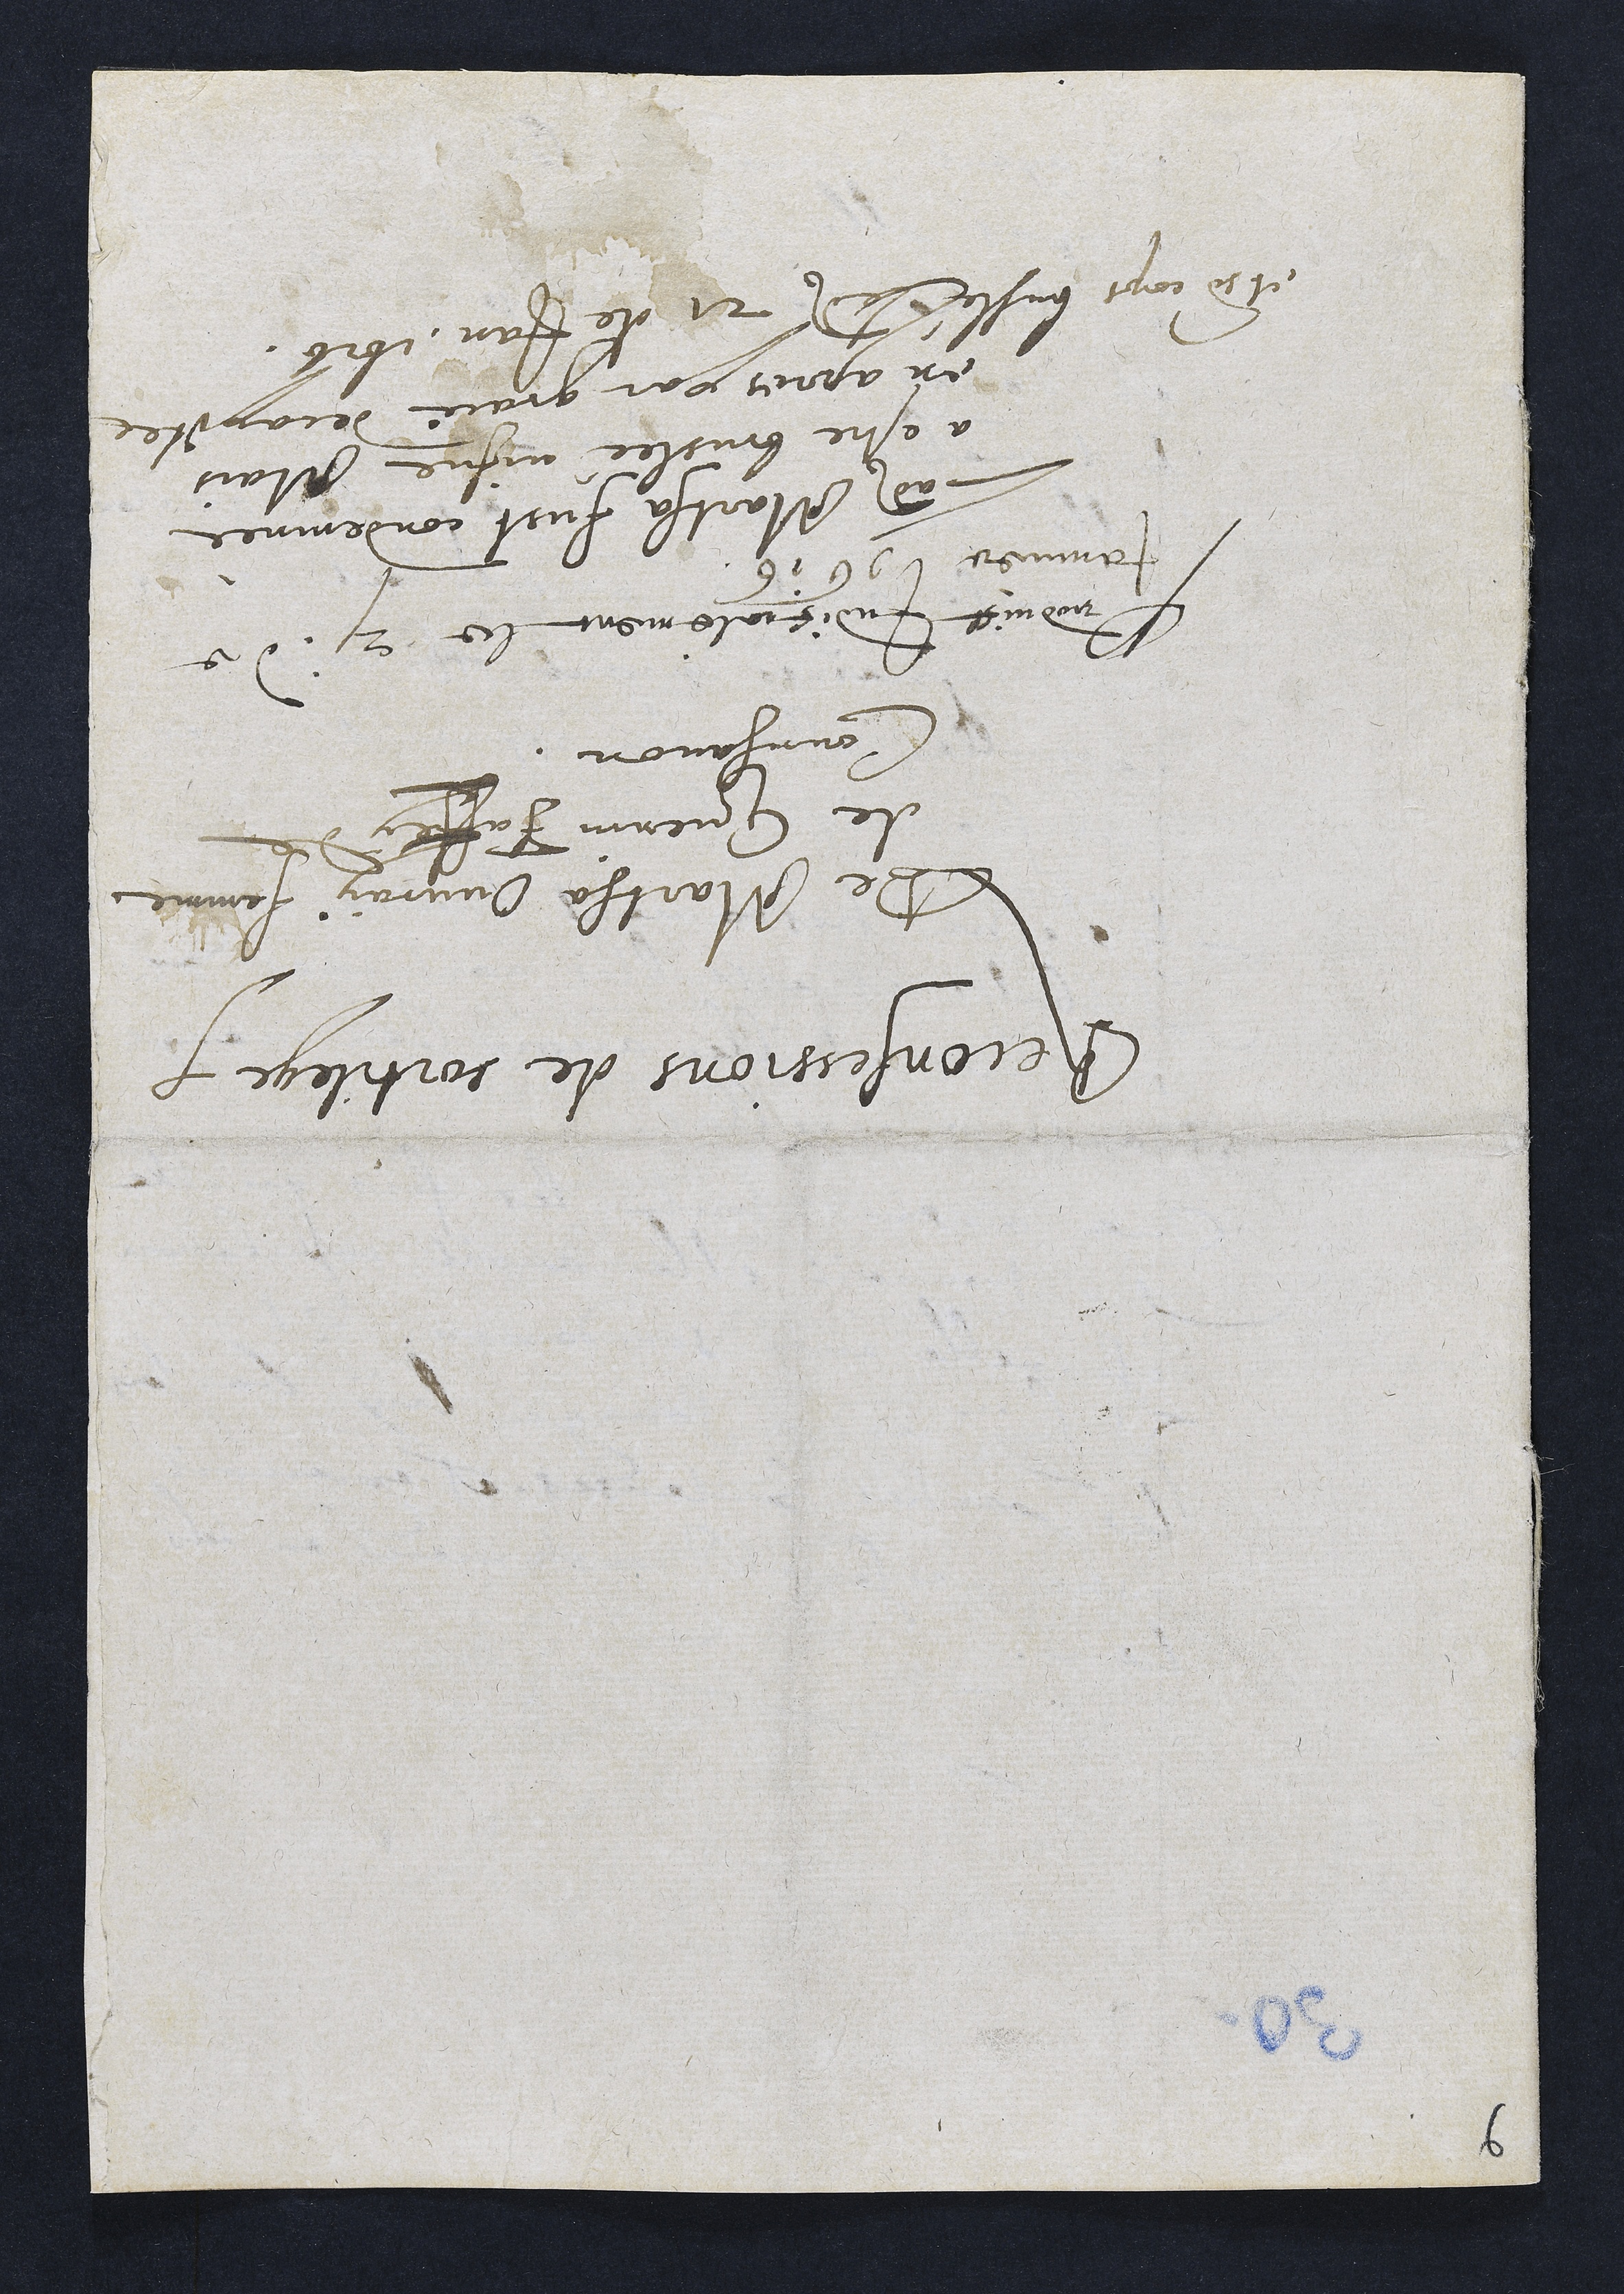
econfessions de sortilege
De Martha Ouvray femme
de Guenin Faffay de
Coungavon
nduict Judicielement le 21. de
jamier 1616
Ladite Martha fust condemnee
a estre bruslée vifne. Mais
en apres par grace decapitee
et dn aps buslere 21 de Jan. 1616.